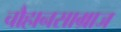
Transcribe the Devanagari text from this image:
चौहानसाम्राज